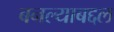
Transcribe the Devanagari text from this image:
बनल्याबद्दल